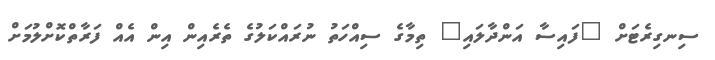
ސިނގިރެޓަށް "ފައިސާ އަންދާލައި" ތިމާގެ ސިއްހަތު ނުރައްކަލުގެ ތެރެއިން އިން އެއް ފަރާތްކޮށްލުމަށް